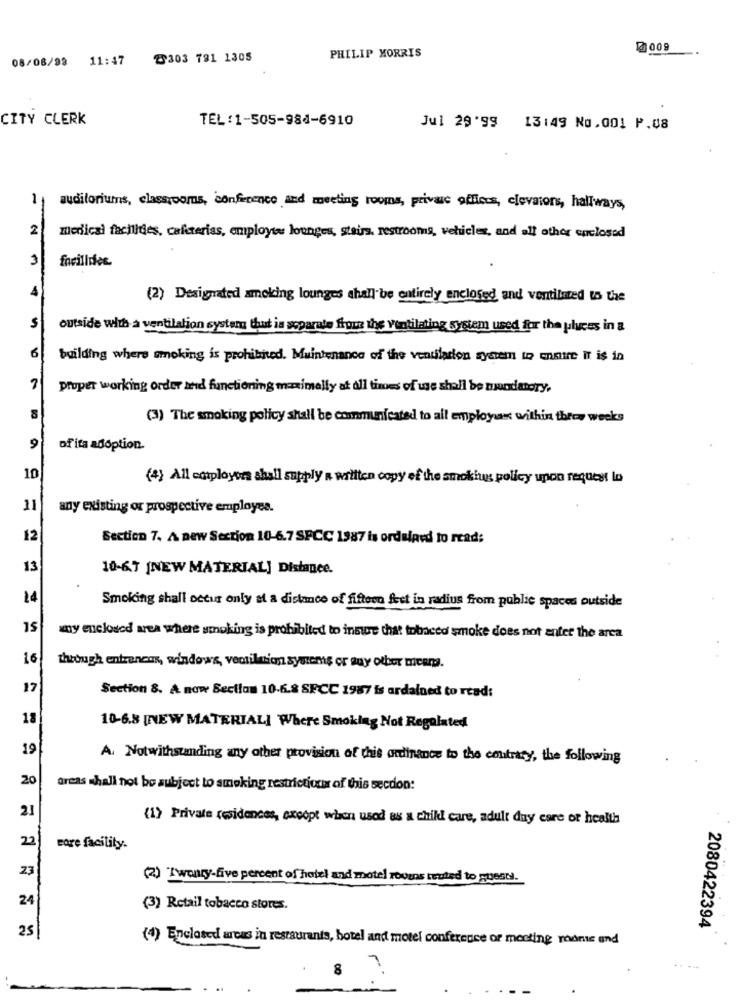
08/08/99 11:47
8303 791 1305
PHILIP MORRIS
CITY CLERK
TEL:1-505-984-6910
Jul 29'99 13:49 No.001 P.08
1
auditoriums, classrooms, conference and meeting rooms, privare offices, elevators, hallways,
2
medical fachides, cafeterias, employee lounges, stairs, restrooms, vehicles, and all other apclosed
3
forilidee.
4
(2) Designated smoking lounges shall be entirely enclosed and ventilated to Uae
$
outside with a ventilation system thut ia separate from the ventilating system used for the places in a
6
building where smoking is prohibited. Maintenance of the ventilation system to ensuite IT is in
7
proper working order and functioning maximally at all times of use shall be mundatory,
(3) The smoking policy shall be communicated to all employees within throw weeks
9
of its adoption.
10
(4) All cotployors shall supply a written copy of the smoking policy upon request lo
11
any existing or prospective employee.
12
Section 7. A new Section 10-6.7 SPCC 1987 is ordained to read:
13
10-6.7 [NEW MATERIAL] Distance.
14
Smoking shall occur only at a distance of fifteen feet in radius from public spaces outside
15
my enclosed area where smoking is prohibited to insure that tobacco smoke does not enter the area
16
through entrencan, windows, ventilation systemis or muy other mieam.
17
Section 8. A now Section 10-6.8 SFCC 1987 is ardalned to read:
18
10-6.8 [NEW MATERIAL] Where Smoklag Not Regulated
19
A. Notwithstanding any other provision of this ordinance to the contrary, the following
20
areas shall not be subject to smoking restriction of this secdon:
21
{1} Private residences, except when used as a child care, adult day care of health
22
core facility.
Z3
(2) Twenty-five percent of hotel and motel roomns truted to guests.
24
(3) Retail tobacco stores.
25
2080422394
(4) Enclosed arcas in restaurants, hotel and motel conference or meeting rooms and
8